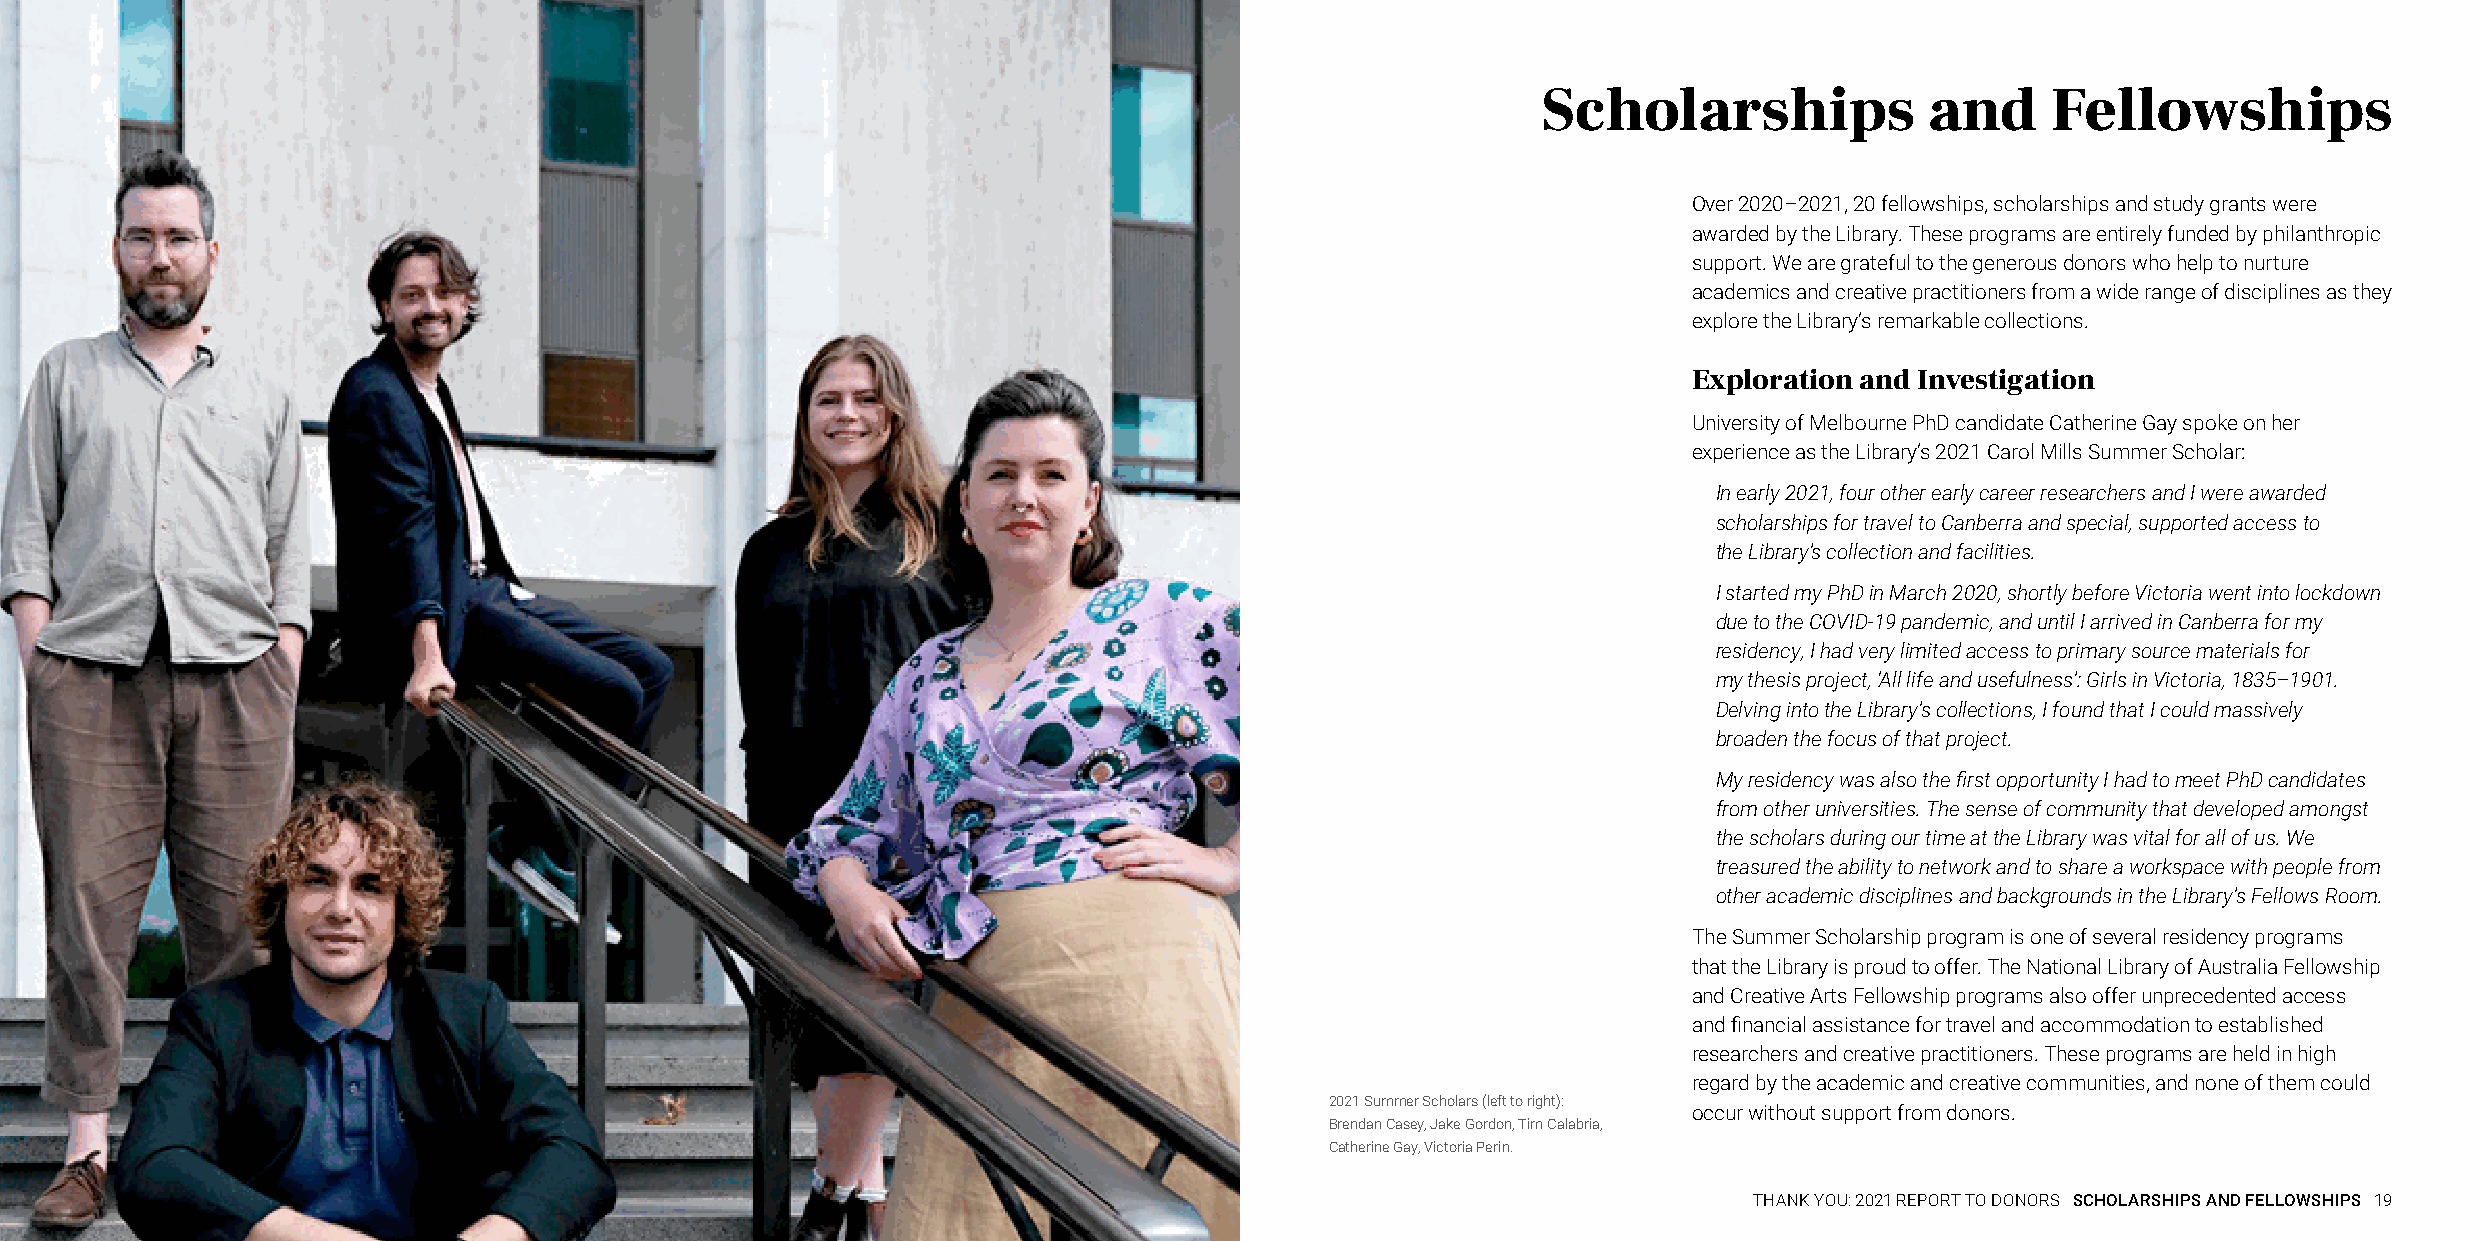
Scholarships              and     Fellowships
 Over 2020–2021, 20 fellowships, scholarships and study grants were
 awarded by the Library. These programs are entirely funded by philanthropic
 support. We are grateful to the generous donors who help to nurture
 academics and creative practitioners from a wide range of disciplines as they
 explore the Library’s remarkable collections.
 Exploration and Investigation
 University of Melbourne PhD candidate Catherine Gay spoke on her
 experience as the Library’s 2021 Carol Mills Summer Scholar:
 In early 2021, four other early career researchers and I were awarded
 scholarships for travel to Canberra and special, supported access to
 the Library’s collection and facilities.
 I started my PhD in March 2020, shortly before Victoria went into lockdown
 due to the COVID-19 pandemic, and until I arrived in Canberra for my
 residency, I had very limited access to primary source materials for
 my thesis project, ‘All life and usefulness’: Girls in Victoria, 1835–1901.
 Delving into the Library’s collections, I found that I could massively
 broaden the focus of that project.
 My residency was also the first opportunity I had to meet PhD candidates
 from other universities. The sense of community that developed amongst
 the scholars during our time at the Library was vital for all of us. We
 treasured the ability to network and to share a workspace with people from
 other academic disciplines and backgrounds in the Library’s Fellows Room.
 The Summer Scholarship program is one of several residency programs
 that the Library is proud to offer. The National Library of Australia Fellowship
 and Creative Arts Fellowship programs also offer unprecedented access
 and financial assistance for travel and accommodation to established
 researchers and creative practitioners. These programs are held in high
 regard by the academic and creative communities, and none of them could
 2021 Summer Scholars (left to right):
 occur without support from donors.
 Brendan Casey, Jake Gordon, Tim Calabria,
 Catherine Gay, Victoria Perin.
 THANK YOU: 2021 REPORT TO DONORS SCHOLARSHIPS AND FELLOWSHIPS 19